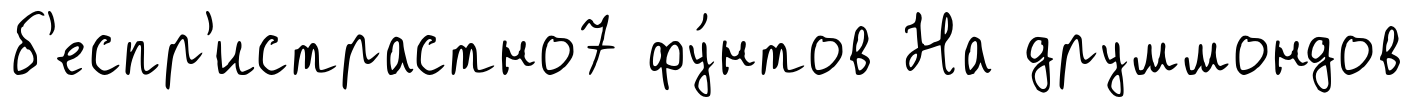
б'еспр'истрастно7 фу́нтов На друммондов